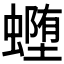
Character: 𰳜